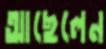
আছেলেন